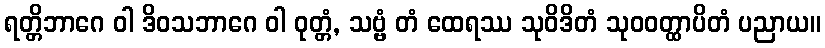
ရတ္တိဘာဂေ ဝါ ဒိဝသဘာဂေ ဝါ ဝုတ္တံ, သဗ္ဗံ တံ ထေရဿ သုဝိဒိတံ သုဝဝတ္ထာပိတံ ပညာယ။